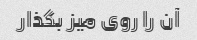
آن را روی میز بگذار